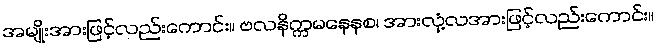
အမျိုးအားဖြင့်လည်းကောင်း။ ဗလနိက္ကမနေနစ၊ အားလုံ့လအားဖြင့်လည်းကောင်း။